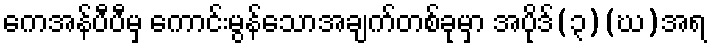
ကေအန်ပီပီမှ ကောင်းမွန်သောအချက်တစ်ခုမှာ အပိုဒ်(၃)(ဃ)အရ